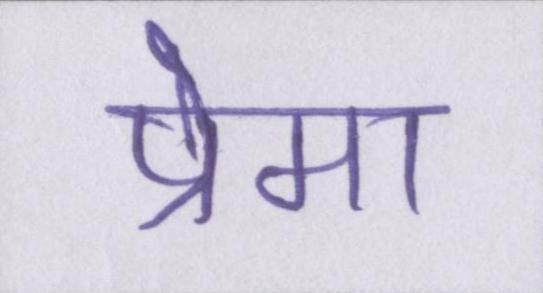
प्रेमा